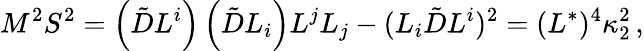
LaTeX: M^{2}S^{2}=\left(\tilde{D}L^{i}\right)\left(\tilde{D}L_{i}\right)L^{j}L_{j}-(L_{i}\tilde{D}L^{i})^{2}=(L^{*})^{4}\kappa_{2}^{2}\, ,